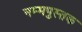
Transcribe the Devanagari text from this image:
नम्मपुस्तक